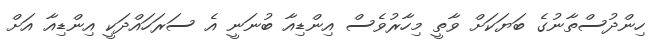
ހިންދުސްތާނުގެ ބަޔަކަށް ވާތީ މިހާރުވެސް އިންޑިއާ ބުނަނީ އެ ސަރަހައްދަކީ އިންޑިއާ އަށް